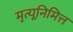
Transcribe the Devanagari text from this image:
मृत्यूनिमित्त